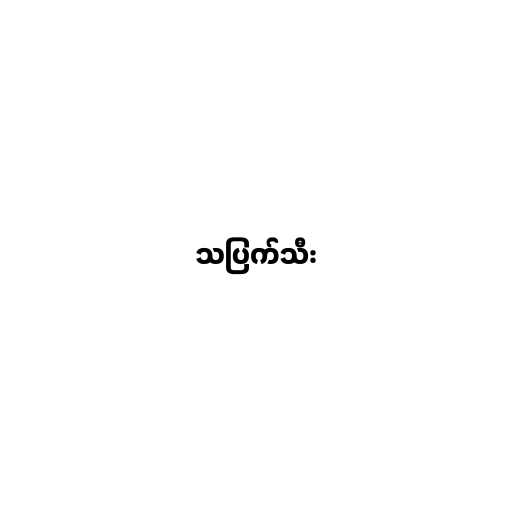
သပြက်သီး